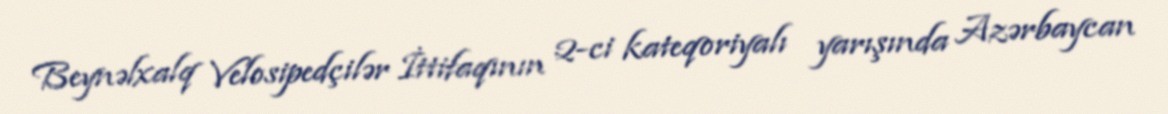
Beynəlxalq Velosipedçilər İttifaqının 2-ci kateqoriyalı yarışında Azərbaycan